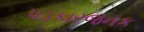
પડકારજનક